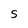
Character: S